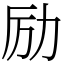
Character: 励